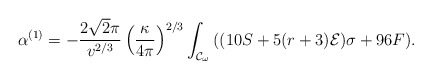
\begin{align*}\alpha^{(1)}=-\frac{2\sqrt{2}\pi}{v^{2/3}}\left(\frac{\kappa}{4\pi}\right)^{2/3}\int_{{\cal{C}}_{\omega}}{((10S+5(r+3){\cal{E}})\sigma+96F)}.\end{align*}